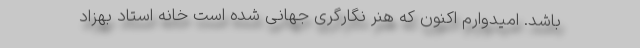
باشد. امیدوارم اکنون که هنر نگارگری جهانی شده است خانه استاد بهزاد